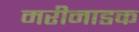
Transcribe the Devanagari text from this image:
मरीनाडक